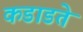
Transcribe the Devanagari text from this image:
कडाडते